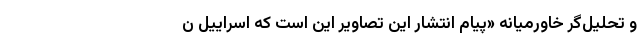
و تحلیل‌گر خاورمیانه «پیام انتشار این تصاویر این است که اسراییل ن